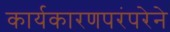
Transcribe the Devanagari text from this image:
कार्यकारणपरंपरेने